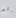
قد